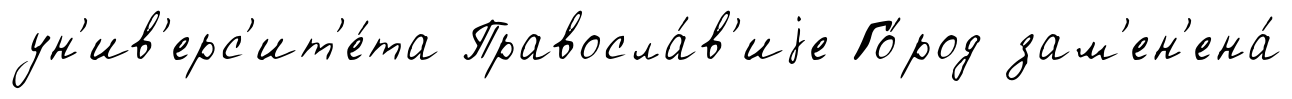
ун'ив'ерс'ит'е́та Правосла́в'иjе Го́род зам'ен'ена́